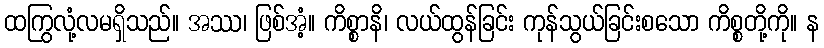
ထကြွလုံ့လမရှိသည်။ အဿ၊ ဖြစ်အံ့။ ကိစ္စာနိ၊ လယ်ထွန်ခြင်း ကုန်သွယ်ခြင်းစသော ကိစ္စတို့ကို။ န